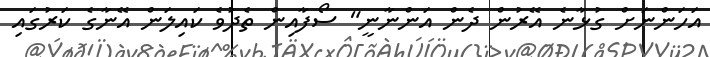
އަހަންނަށް ގުޅާނެ އޭރުން ދެން އަންނާނީ" ސޯފާއިން ތެދުވެ ކައިލަން އޭނާގެ ކަރުގައި